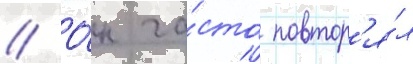
// О́н ча́сто повтор'я́л